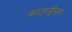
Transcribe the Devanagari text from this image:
फाउण्ड्रीमन